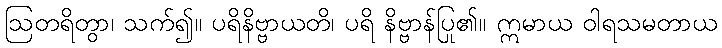
ဩတရိတွာ၊ သက်၍။ ပရိနိဗ္ဗာယတိ၊ ပရိ နိဗ္ဗာန်ပြု၏။ ဣမာယ ဝါရသမတာယ